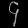
Digit: ၄